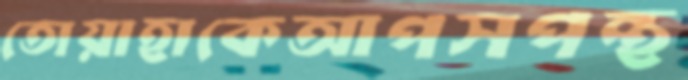
তোয়াহাকেআপসপন্থ